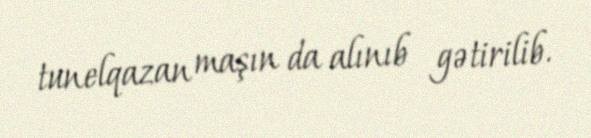
tunelqazan maşın da alınıb gətirilib.